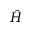
\hat { H }